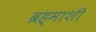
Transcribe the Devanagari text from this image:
ब्रह्माशी